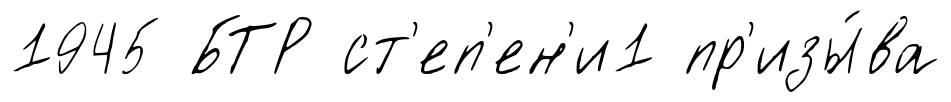
1945 БТР ст'еп'ен'и1 пр'изы́ва